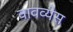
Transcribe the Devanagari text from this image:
वावव्येस